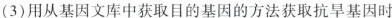
(3)用从基因文库中获取目的基因的方法获取抗旱基因时